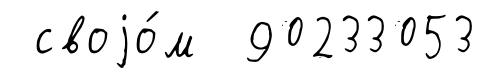
своjо́м 90233053